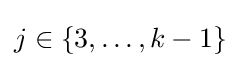
j\in \{3,\dots ,k-1\}